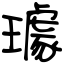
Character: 璩